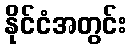
နိုင်ငံအတွင်း